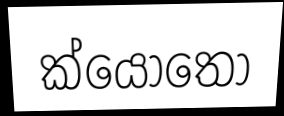
ක්යොතො